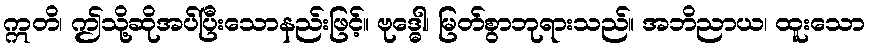
ဣတိ၊ ဤသို့ဆိုအပ်ပြီးသောနည်းဖြင့်။ ဗုဒ္ဓေါ၊ မြတ်စွာဘုရားသည်။ အဘိညာယ၊ ထူးသော